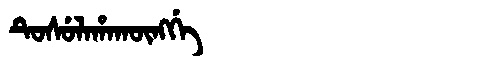
Manchu: ᡨᡠᠰᡠᠯᠠᡥᠠᡴᡡᠩᡤᡝ
Romanization: TUSULAHAKŪNGGE